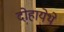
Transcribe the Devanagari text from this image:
दोहायेथे